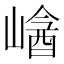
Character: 𡻡